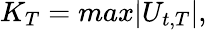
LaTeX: K_{T}=max{|U_{t,T}|},